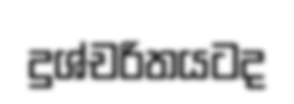
දුශ්චරිතයටද